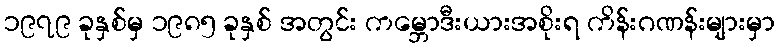
၁၉၇၉ ခုနှစ်မှ ၁၉၈၅ ခုနှစ် အတွင်း ကမ္ဘောဒီးယားအစိုးရ ကိန်းဂဏန်းများမှာ